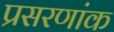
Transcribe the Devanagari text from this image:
प्रसरणांक